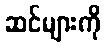
ဆင်များကို